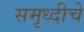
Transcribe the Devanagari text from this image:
समृध्‍दीचे